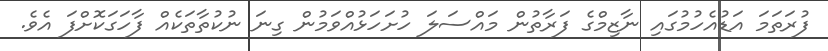
ފުރަތަމަ އަޑުއެހުމުގައި ނާޒިމްގެ ފަރާތުން މައްސަލަ ހުށަހަޅުއްވަމުން ގިނަ ނުކުތާތަކެއް ފާހަގަކޮށްފަ އެވެ.